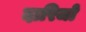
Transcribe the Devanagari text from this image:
दारिजो